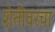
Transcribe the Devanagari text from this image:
शेतीवरचा